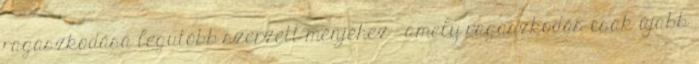
ragaszkodása legutóbb szerzett ménjéhez - amely ragaszkodás csak újabb